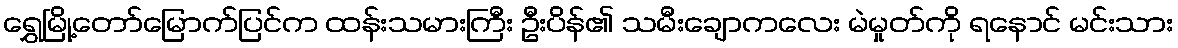
ရွှေမြို့တော်မြောက်ပြင်က ထန်းသမားကြီး ဦးပိန်၏ သမီးချောကလေး မဲမှုတ်ကို ရနောင် မင်းသား